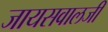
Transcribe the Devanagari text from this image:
जायसवालजी